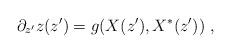
LaTeX: \begin{align*} \partial_{z^\prime} z(z^\prime) = g(X(z^\prime),X^* (z^\prime))~,\end{align*}